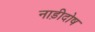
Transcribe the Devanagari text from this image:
नाड़ीदोष